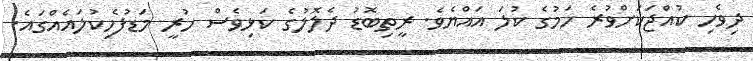
ދިވެހި ކުއްޖަކަށްވުރެ ހަމުގެ ކުލަ އައްޔެވެ. ރީތިބޮޑު ދެލޮލުގެ ކަޅިވެސް ހުރީ މަޑުފެހިކުލައެއްގައެ.